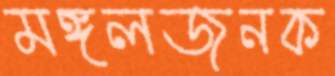
মঙ্গলজনক